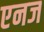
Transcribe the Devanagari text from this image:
एनज